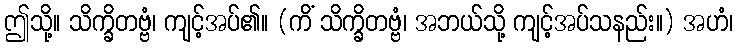
ဤသို့။ သိက္ခိတဗ္ဗံ၊ ကျင့်အပ်၏။ (ကိံ သိက္ခိတဗ္ဗံ၊ အဘယ်သို့ ကျင့်အပ်သနည်း။) အဟံ၊